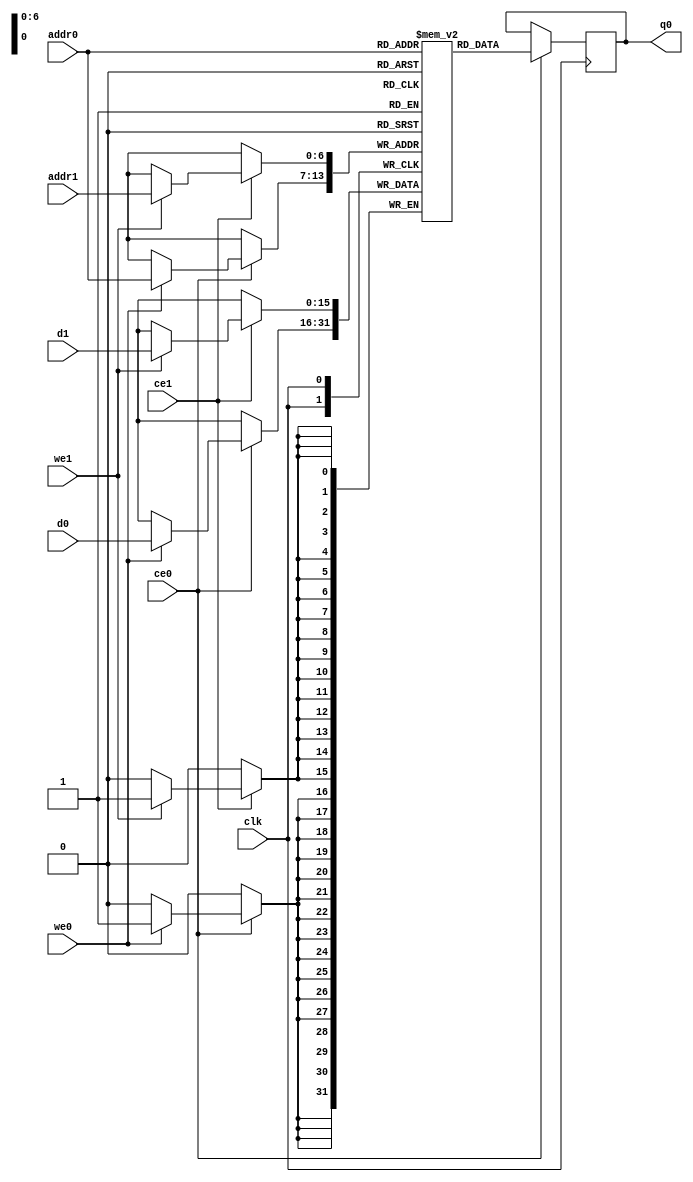
`define EXPONENT 5
`define MANTISSA 10
`define ACTUAL_MANTISSA 11
`define EXPONENT_LSB 10
`define EXPONENT_MSB 14
`define MANTISSA_LSB 0
`define MANTISSA_MSB 9
`define MANTISSA_MUL_SPLIT_LSB 3
`define MANTISSA_MUL_SPLIT_MSB 9
`define SIGN 1
`define SIGN_LOC 15
`define DWIDTH (`SIGN+`EXPONENT+`MANTISSA)
`define IEEE_COMPLIANCE 1

module td_fused_top_dataflow_in_loop_TOP_LOOP76_ifmap_vec_0_0_memcore_ram (addr0, ce0, d0, we0, q0, addr1, ce1, d1, we1,  clk);

parameter DWIDTH = 16;
parameter AWIDTH = 7;
parameter MEM_SIZE = 128;

input[AWIDTH-1:0] addr0;
input ce0;
input[DWIDTH-1:0] d0;
input we0;
output reg[DWIDTH-1:0] q0;
input[AWIDTH-1:0] addr1;
input ce1;
input[DWIDTH-1:0] d1;
input we1;
input clk;

reg [DWIDTH-1:0] ram[MEM_SIZE-1:0];




always @(posedge clk)  
begin 
    if (ce0) begin
        if (we0) 
            ram[addr0] <= d0; 
        q0 <= ram[addr0];
    end
end


always @(posedge clk)  
begin 
    if (ce1) begin
        if (we1) 
            ram[addr1] <= d1; 
    end
end


endmodule